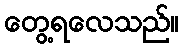
တွေ့ရလေသည်။